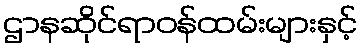
ဌာနဆိုင်ရာဝန်ထမ်းများနှင့်